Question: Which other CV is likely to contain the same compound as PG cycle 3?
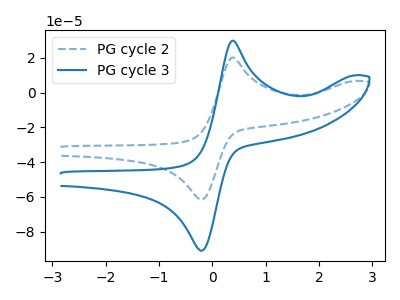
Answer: <think>The blue dashed curve "PG cycle 2" has an anodic peak at (0.40V, 20.25uA) and a cathodic peak at (-0.20V, -61.45uA). The blue curve "PG cycle 3" has an anodic peak at (0.40V, 29.90uA) and a cathodic peak at (-0.20V, -90.80uA).
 All the peaks in "PG cycle 2" have a peak in "PG cycle 3" at the same potential. Every peak in "PG cycle 2" is lower than every peak in "PG cycle 3".</think>
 <answer>The CV with the most similar shape to "PG cycle 2" is "PG cycle 3".</answer>
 <eval>"PG cycle 3"</eval>